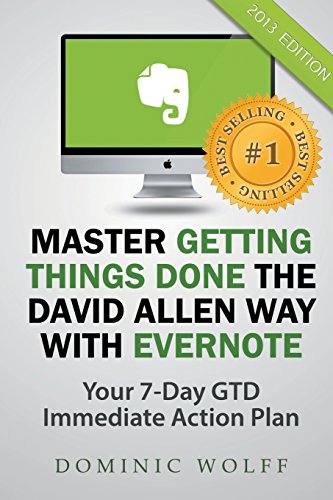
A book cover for Master Getting Things Done the David Allen Way with Evernote; Dominic Wolff; Business & Money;